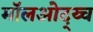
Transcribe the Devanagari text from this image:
मॉलओद्य्च